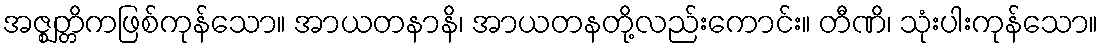
အဇ္ဈတ္တိကဖြစ်ကုန်သော။ အာယတနာနိ၊ အာယတနတို့လည်းကောင်း။ တီဏိ၊ သုံးပါးကုန်သော။